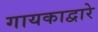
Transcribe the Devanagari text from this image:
गायकाद्वारे